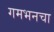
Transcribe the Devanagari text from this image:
गमभनचा